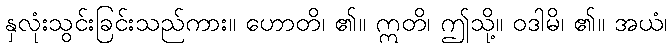
နှလုံးသွင်းခြင်းသည်ကား။ ဟောတိ၊ ၏။ ဣတိ၊ ဤသို့။ ဝဒါမိ၊ ၏။ အယံ၊